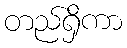
တည်ရှိကာ